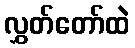
လွှတ်တော်ထဲ